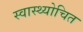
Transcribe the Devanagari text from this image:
स्वास्थ्योचित